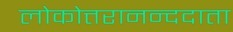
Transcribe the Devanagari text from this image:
लोकोत्तरानन्ददाता